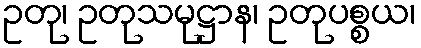
ဥတု၊ ဥတုသမုဋ္ဌာန၊ ဥတုပစ္စယ၊